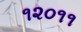
૧૨૦૧૧